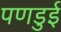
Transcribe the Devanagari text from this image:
पणडुई